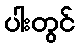
ပါးတွင်